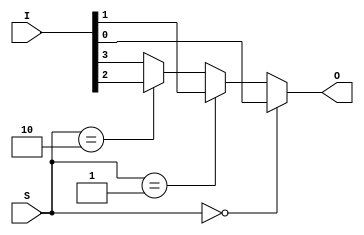
module MUX_if(
    input [3:0] I,  // The 4 inputs.
    input [1:0] S,  // The select lines.
    output reg O    // The output.
);
    always @* begin
        if(S == 0)      O = I[0];    // S = 00
        else if(S == 1) O = I[1];    // S = 01
        else if(S == 2) O = I[2];    // S = 10
        else O = I[3];               // S = 11
    end
endmodule